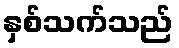
နှစ်သက်သည်